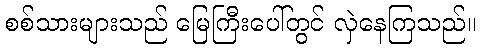
စစ်သားများသည် မြေကြီးပေါ်တွင် လှဲနေကြသည်။